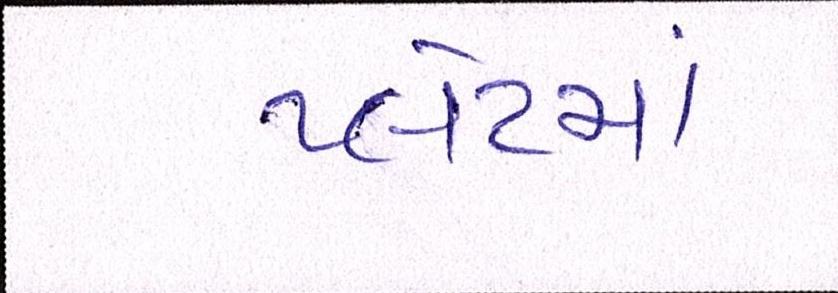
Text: પ્લેટમાં